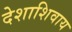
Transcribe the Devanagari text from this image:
देशाशिवाय